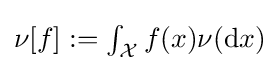
\textstyle \nu [f]:=\int _{\mathcal {X}}f(x)\nu (\mathrm {d} x)